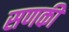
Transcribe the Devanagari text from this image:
सणकी